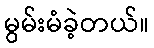
မွမ်းမံခဲ့တယ်။